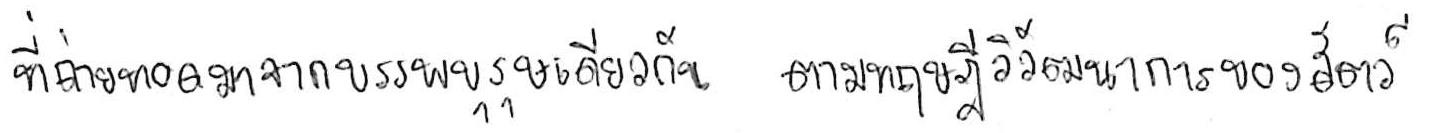
ที่ถ่ายทอดมาจากบรรพบุรุษเดียวกัน ตามทฤษฎีวิวัฒนาการของสัตว์